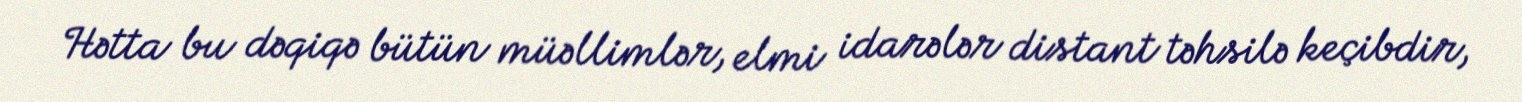
Hətta bu dəqiqə bütün müəllimlər, elmi idarələr distant təhsilə keçibdir,